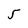
Character: 5